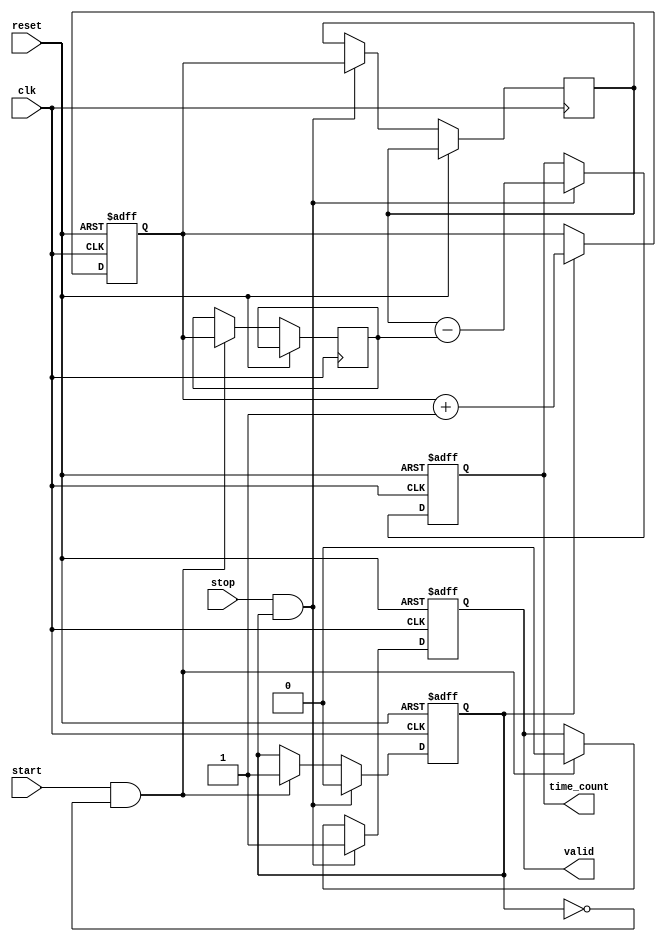
module synchronized_tdc (
    input wire clk,          // Clock signal
    input wire start,        // Start signal
    input wire stop,         // Stop signal
    input wire reset,        // Reset signal
    output reg [31:0] time_count, // Time count output
    output reg valid         // Valid signal output
);

    reg [31:0] counter;      // N-bit counter for time measurement
    reg [31:0] start_time;   // Start timestamp
    reg [31:0] stop_time;    // Stop timestamp
    reg counting;            // Counting state flag

    // Counter process
    always @(posedge clk or posedge reset) begin
        if (reset) begin
            counter <= 32'b0; // Reset counter
            counting <= 1'b0; // Stop counting
            time_count <= 32'b0; // Reset time count
            valid <= 1'b0; // Reset valid signal
        end else begin
            if (counting) begin
                counter <= counter + 1; // Increment counter
            end
            
            // Start signal detection
            if (start && !counting) begin
                start_time <= counter; // Latch start time
                counting <= 1'b1; // Enable counting
                valid <= 1'b0; // Reset valid signal
            end
            
            // Stop signal detection
            if (stop && counting) begin
                stop_time <= counter; // Latch stop time
                counting <= 1'b0; // Disable counting
                time_count <= stop_time - start_time; // Calculate time interval
                valid <= 1'b1; // Set valid signal
            end
        end
    end

endmodule